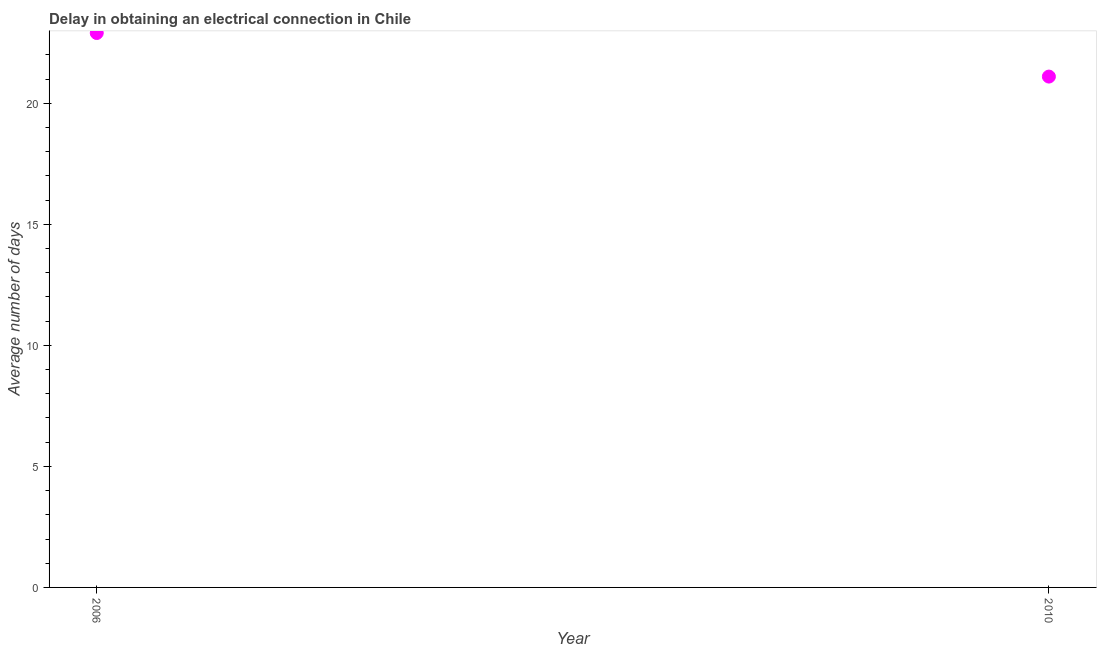
| Year | Dalay in Electrical connection |
 | --- | --- |
 | 2006 | 22.9 |
 | 2010 | 21.1 |